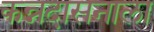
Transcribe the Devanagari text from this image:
कन्नदासनाला